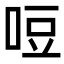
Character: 哣